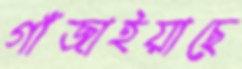
গাঁজাইয়াছে